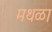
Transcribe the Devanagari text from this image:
मथळा